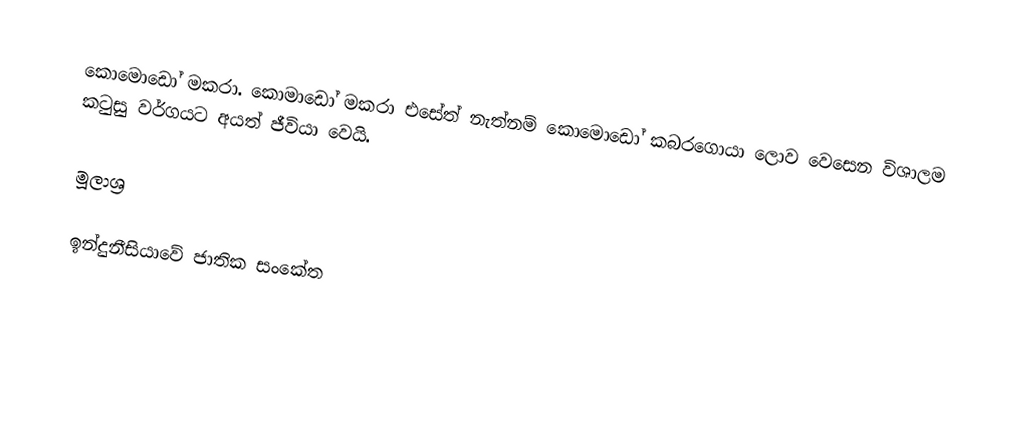
කොමොඩෝ මකරා. කොමාඩෝ මකරා එසේත් නැත්නම් කොමොඩෝ කබරගොයා ලොව වෙසෙන විශාලම කටුසු වර්ගයට අයත් ජීවියා වෙයි.

මූලාශ්‍ර

ඉන්දුනීසියාවේ ජාතික සංකේත